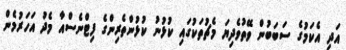
އަދި އެކަމުގެ ސަބަބުން ވޭތުވެދިޔަ މެޗުތަކުގައި ކުޅުނު ކުޅުންތެރިންގެ ފިޓްނެސްއާ މެދު އަހަރުމެން